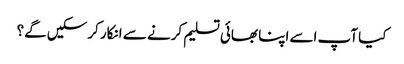
کیا آپ اسے اپنا بھائی تسلیم کرنے سے انکار کرسکیں گے؟